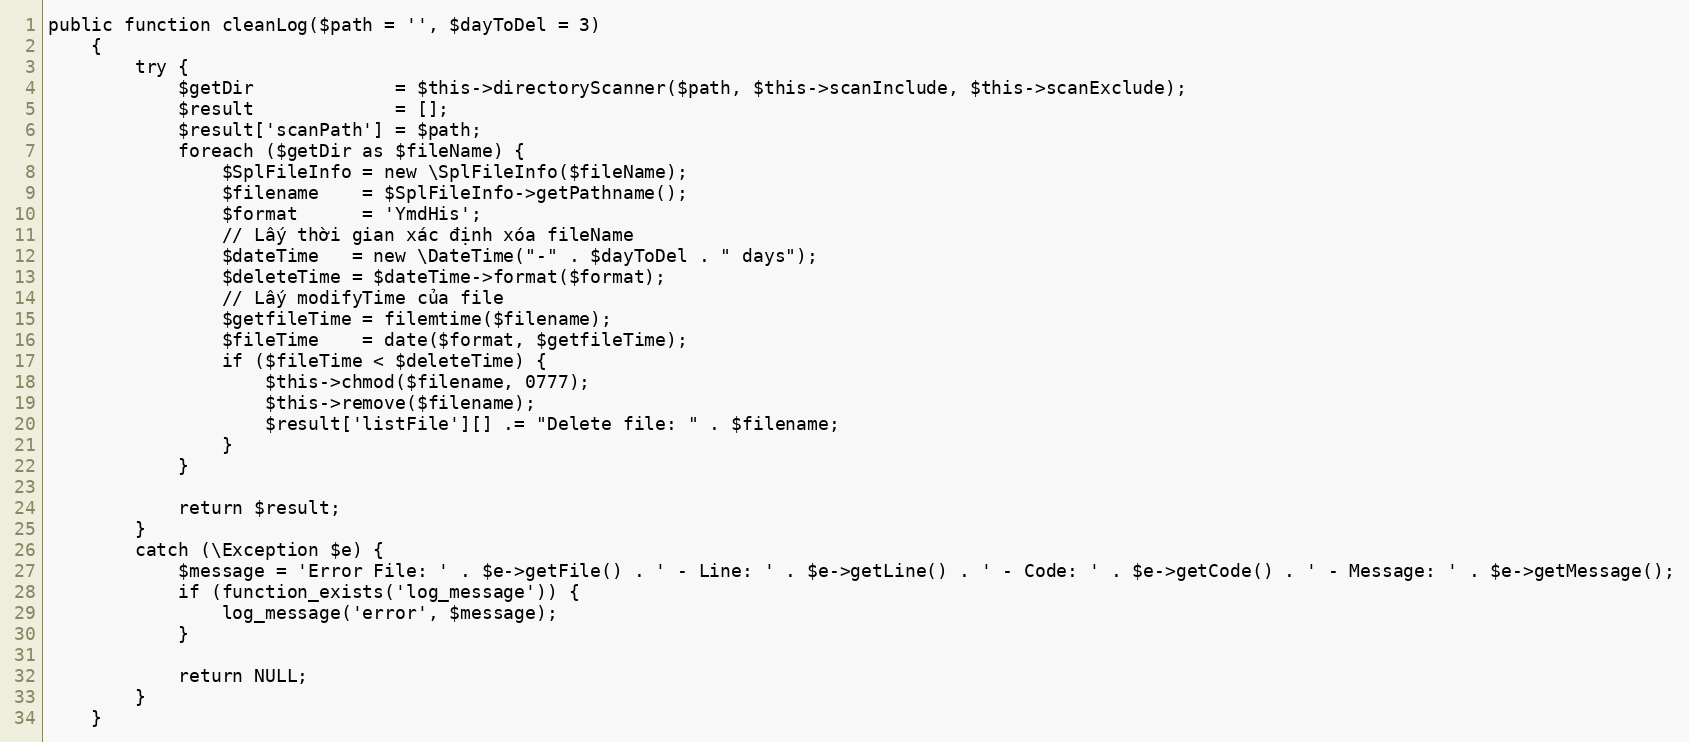
Language: PHP
public function cleanLog($path = '', $dayToDel = 3)
    {
        try {
            $getDir             = $this->directoryScanner($path, $this->scanInclude, $this->scanExclude);
            $result             = [];
            $result['scanPath'] = $path;
            foreach ($getDir as $fileName) {
                $SplFileInfo = new \SplFileInfo($fileName);
                $filename    = $SplFileInfo->getPathname();
                $format      = 'YmdHis';
                // Lấy thời gian xác định xóa fileName
                $dateTime   = new \DateTime("-" . $dayToDel . " days");
                $deleteTime = $dateTime->format($format);
                // Lấy modifyTime của file
                $getfileTime = filemtime($filename);
                $fileTime    = date($format, $getfileTime);
                if ($fileTime < $deleteTime) {
                    $this->chmod($filename, 0777);
                    $this->remove($filename);
                    $result['listFile'][] .= "Delete file: " . $filename;
                }
            }

            return $result;
        }
        catch (\Exception $e) {
            $message = 'Error File: ' . $e->getFile() . ' - Line: ' . $e->getLine() . ' - Code: ' . $e->getCode() . ' - Message: ' . $e->getMessage();
            if (function_exists('log_message')) {
                log_message('error', $message);
            }

            return NULL;
        }
    }